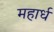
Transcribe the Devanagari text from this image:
महार्ध